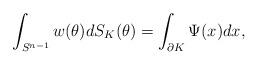
LaTeX: \begin{align*}\int_{S^{n-1}} w(\theta) dS_K(\theta) = \int_{\partial K} \Psi(x) dx ,\end{align*}